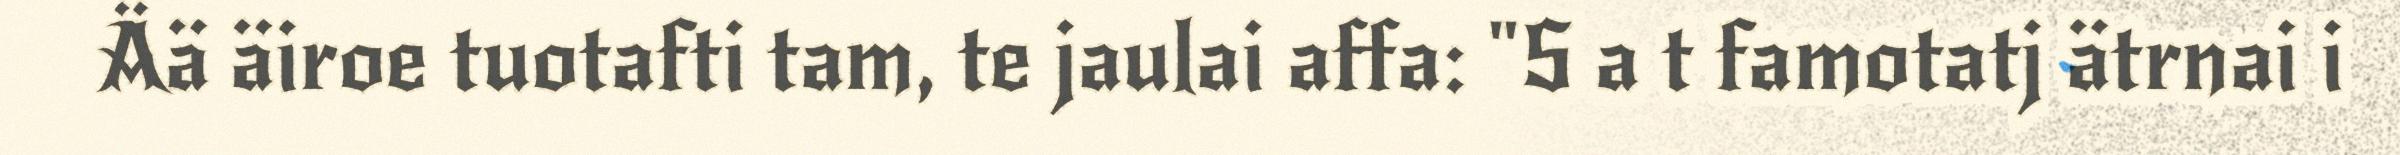
Ää äiroe tuotafti tam, te jaulai affa: "S a t famotatj ätrnai i